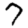
Digit: 7